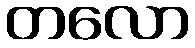
တလော